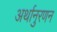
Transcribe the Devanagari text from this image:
अर्थानुरणन